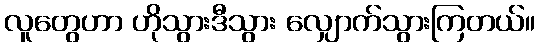
လူတွေဟာ ဟိုသွားဒီသွား လျှောက်သွားကြတယ်။